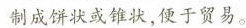
制成饼状或锥状，便于贸易。